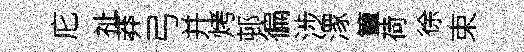
庀祉莽弓并烤邨徧涉潈簟荷徐束